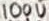
Text: 100U